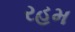
રહમ